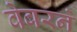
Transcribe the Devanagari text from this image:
वेबरने